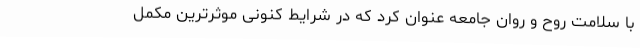
با سلامت روح و روان جامعه عنوان کرد که در شرایط کنونی موثرترین مکمل